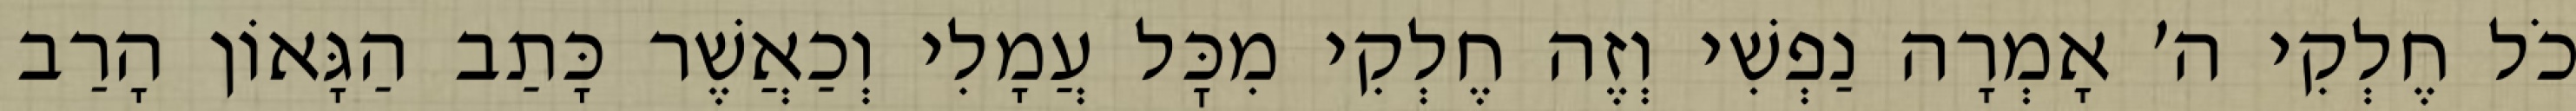
כֹל חֶלְקִי ה׳ אָמְרָה נַפְשִׁי וְזֶה חֶלְקִי מִכׇּל עֲמָלִי וְכַאֲשֶׁר כָּתַב הַגָּאוֹן הָרַב